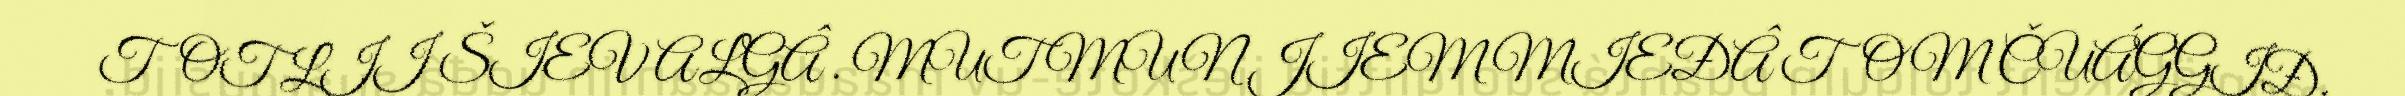
TOT LII ŠIEV ALGÂ . MUT MUN JIEM MIEĐÂ TOM ČUÁGGIĐ.